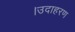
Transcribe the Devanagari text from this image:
।उदाहरण